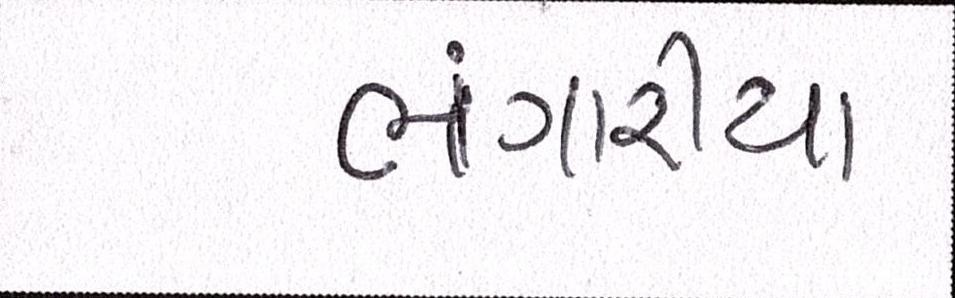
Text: ભંગારીયા